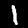
Digit: 1